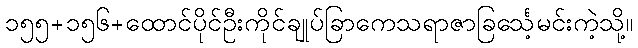
၁၅၅+၁၅၆+ထောင်ပိုင်ဦးကိုင်ချုပ်ခြာကေသရာဇာခြင်္သေ့မင်းကဲ့သို့။